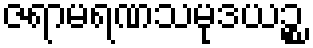
ဇရာမရဏသမုဒယဉ္စ